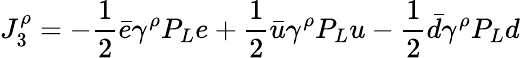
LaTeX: J_{3}^{\rho}=-\frac{1}{2}\bar{e}\gamma^{\rho}P_{L}e+\frac{1}{2}\bar{u}\gamma^{\rho}P_{L}u-\frac{1}{2}\bar{d}\gamma^{\rho}P_{L}d